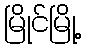
မြိုင်မြို့